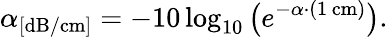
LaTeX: \alpha_{[\mathrm{dB/cm}]}=-10\log_{10}\big(e^{-\alpha\cdot(1\, \mathrm{cm})}\big).